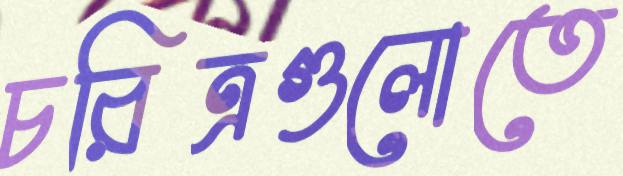
চরিত্রগুলোতে